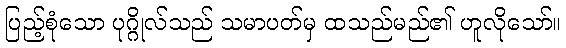
ပြည့်စုံသော ပုဂ္ဂိုလ်သည် သမာပတ်မှ ထသည်မည်၏ ဟူလိုသော်။